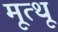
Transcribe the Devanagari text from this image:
मूत्थू